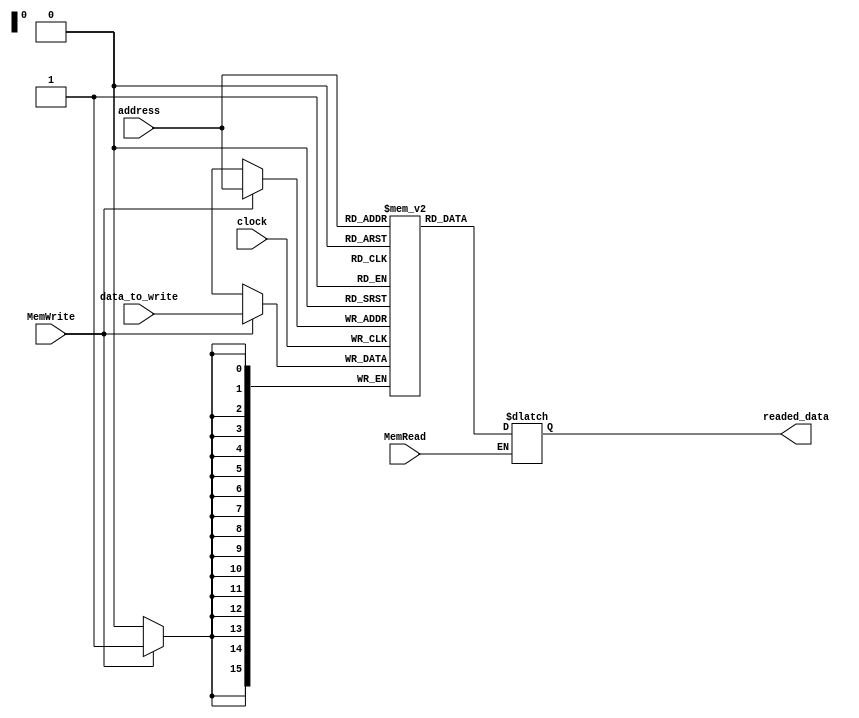
module data_mem(input MemWrite, input MemRead, input [15:0] address, input [15:0] data_to_write, input clock, output reg [15:0] readed_data);
	reg [15:0] mem [65535:0]; // 2^16 words (word:16 bit) of data
	
		
	always @(posedge clock) begin
		if (MemWrite == 1)
			mem[address] = data_to_write[15:0];
	end

	always @(clock) begin //each clock change
		if (MemRead == 1)
			readed_data[15:0] = mem[address];
	end
	

endmodule